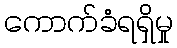
ကောက်ခံရရှိမှု